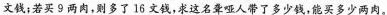
文钱；若买9两肉，则多了16文钱，求这名聋哑人带了多少钱，能买多少两肉。